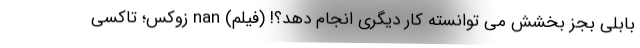
بابلی بجز بخشش می توانسته کار دیگری انجام دهد؟! (فیلم) nan زوکس؛ تاکسی